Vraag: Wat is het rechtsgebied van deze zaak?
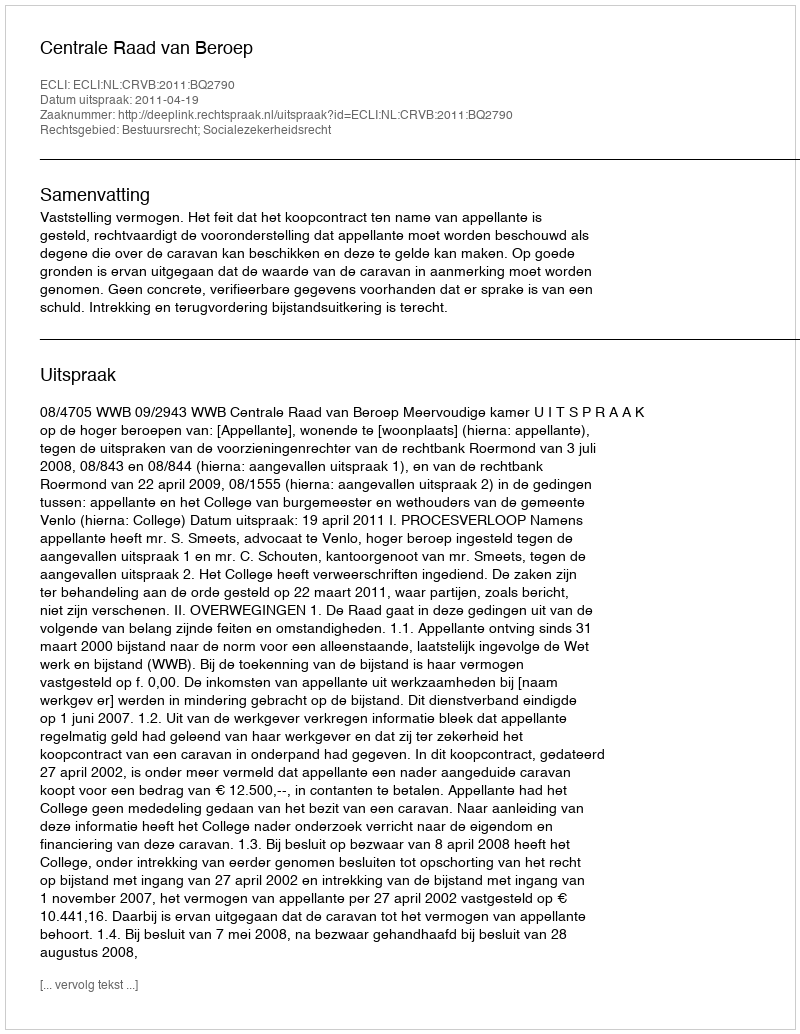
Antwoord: Bestuursrecht; Socialezekerheidsrecht